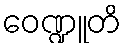
ဝေဏ္ဍူတိ